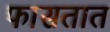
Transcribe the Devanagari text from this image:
फासतात